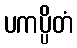
ပကပ္ပိတံ